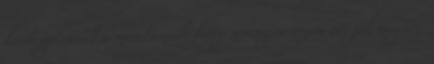
kérdezgessenek a munkámról, hogy mennyire érzem ott jól magam,